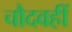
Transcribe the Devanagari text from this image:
चौदवहीं